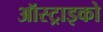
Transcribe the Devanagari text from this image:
ऑस्ट्राइको